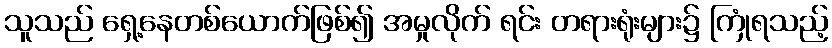
သူသည် ရှေ့နေတစ်ယောက်ဖြစ်၍ အမှုလိုက် ရင်း တရားရုံးများ၌ ကြုံရသည့်